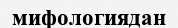
мифологиядан